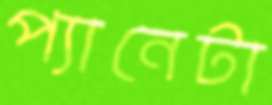
প্যানেটা